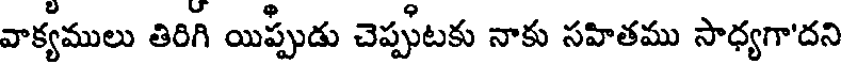
వాక్యములు తిరిగి యిప్పుడు చెప్పుటకు నాకు సహితము సాధ్యగా'దని